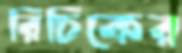
রিচিকের